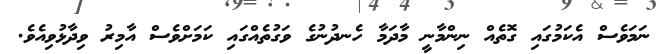
ނަމަވެސް އެކަމުގައި ގޮތެއް ނިންމާނީ މާދަމާ ހެނދުނުގެ ވަގުތެއްގައި ކަމަށްވެސް އާމިރު ވިދާޅުވިއެވެ.